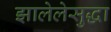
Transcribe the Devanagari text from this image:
झालेलेसुद्धा